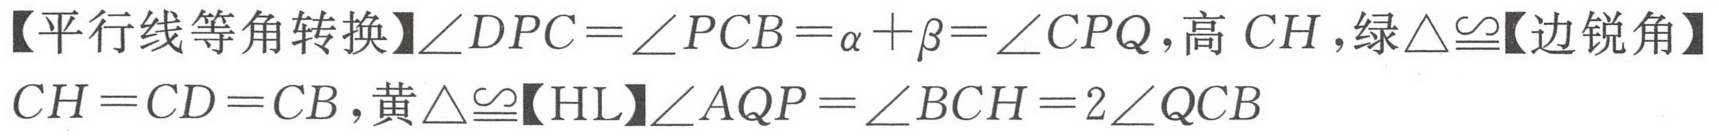
【平行线等角转换】\(\angle DPC=\angle PCB=\alpha+\beta=\angle CPQ\)，高\(CH\)，绿\(\triangle\cong\)【边锐角】\(CH = CD = CB\)，黄\(\triangle\cong\)【HL】\(\angle AQP=\angle BCH = 2\angle QCB\)